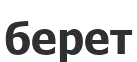
берет